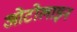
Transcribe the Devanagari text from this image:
ओटोलाइन